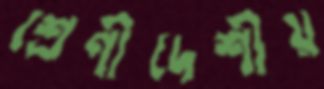
শ্রেণীদেশীয়